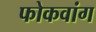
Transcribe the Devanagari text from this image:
फोकवांग